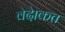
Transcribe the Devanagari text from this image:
वेदेाकत